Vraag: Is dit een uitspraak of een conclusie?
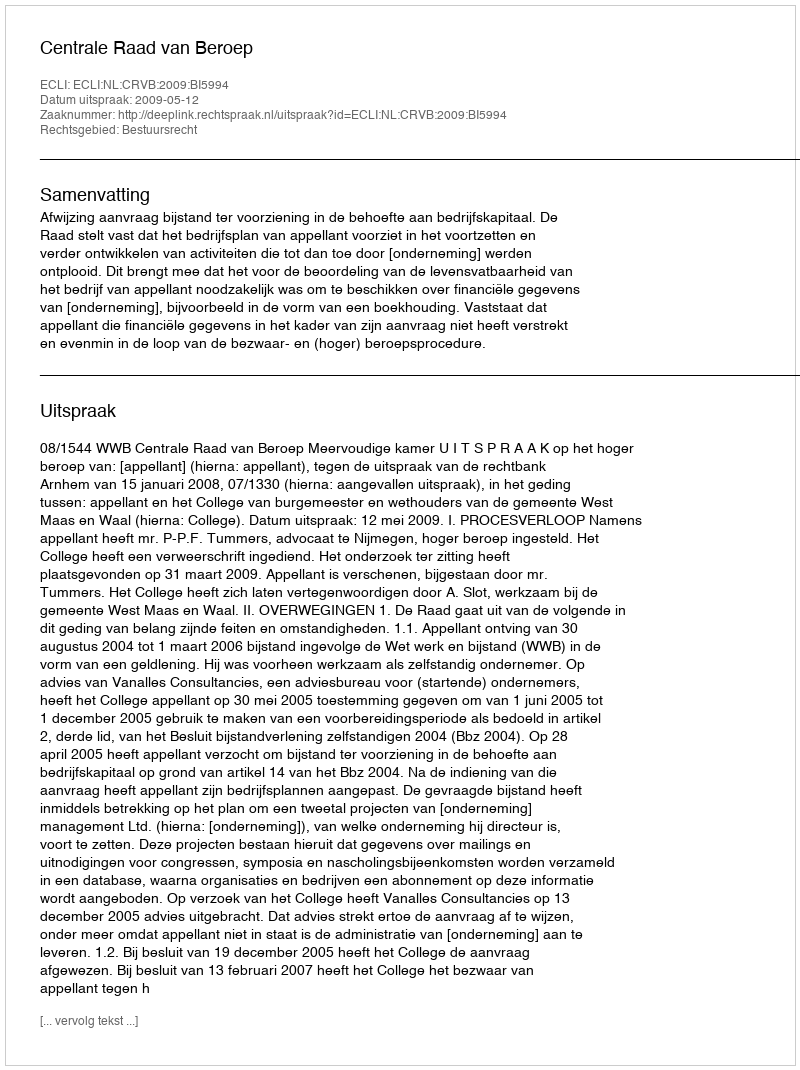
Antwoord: Uitspraak